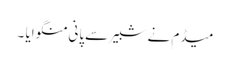
میڈم نے شبیر سےپانی منگوایا ۔